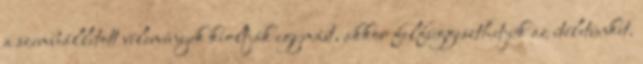
a szembeállított vélemények kioltják egymást, akkor felfüggeszthetjük az ítéletünket.